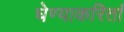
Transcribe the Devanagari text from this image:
घेण्याकरितां